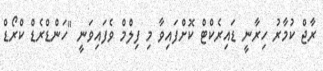
ރާޖް ކުމާރު ހިރާނީ ޑައިރެކްޓް ކޮށްފައިވާ މި ފިލްމް ވެފައިވަނީ "ހަންޑްރެޑް ކްރޯޑް